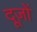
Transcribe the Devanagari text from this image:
दूज़ों